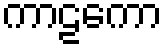
ကာဠကော